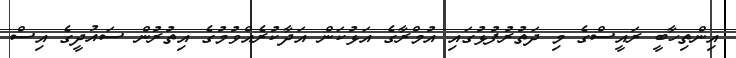
އިންތިހާބީ ރައީސްގެ މި ދަތުރުފުޅުގައި އުމްރާގެ އަޅުކަން އަދާކުރެއްވުމުގެ އިތުރުން ސައުދީގެ އިސް